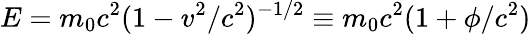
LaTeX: E=m_{0}c^{2}(1-v^{2}/c^{2})^{-1/2}\equiv m_{0}c^{2}(1+\phi/c^{2})